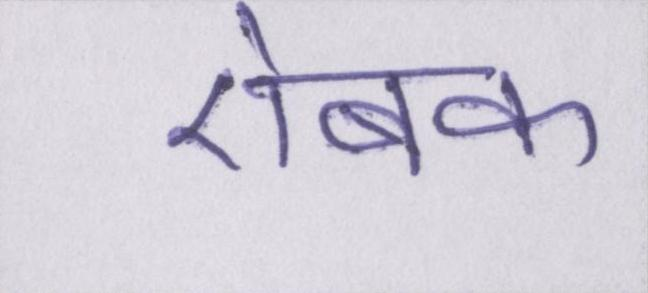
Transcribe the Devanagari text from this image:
ऐबक